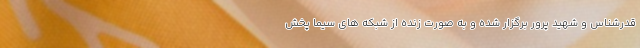
قدرشناس و شهید پرور برگزار شده و به صورت زنده از شبکه های سیما پخش